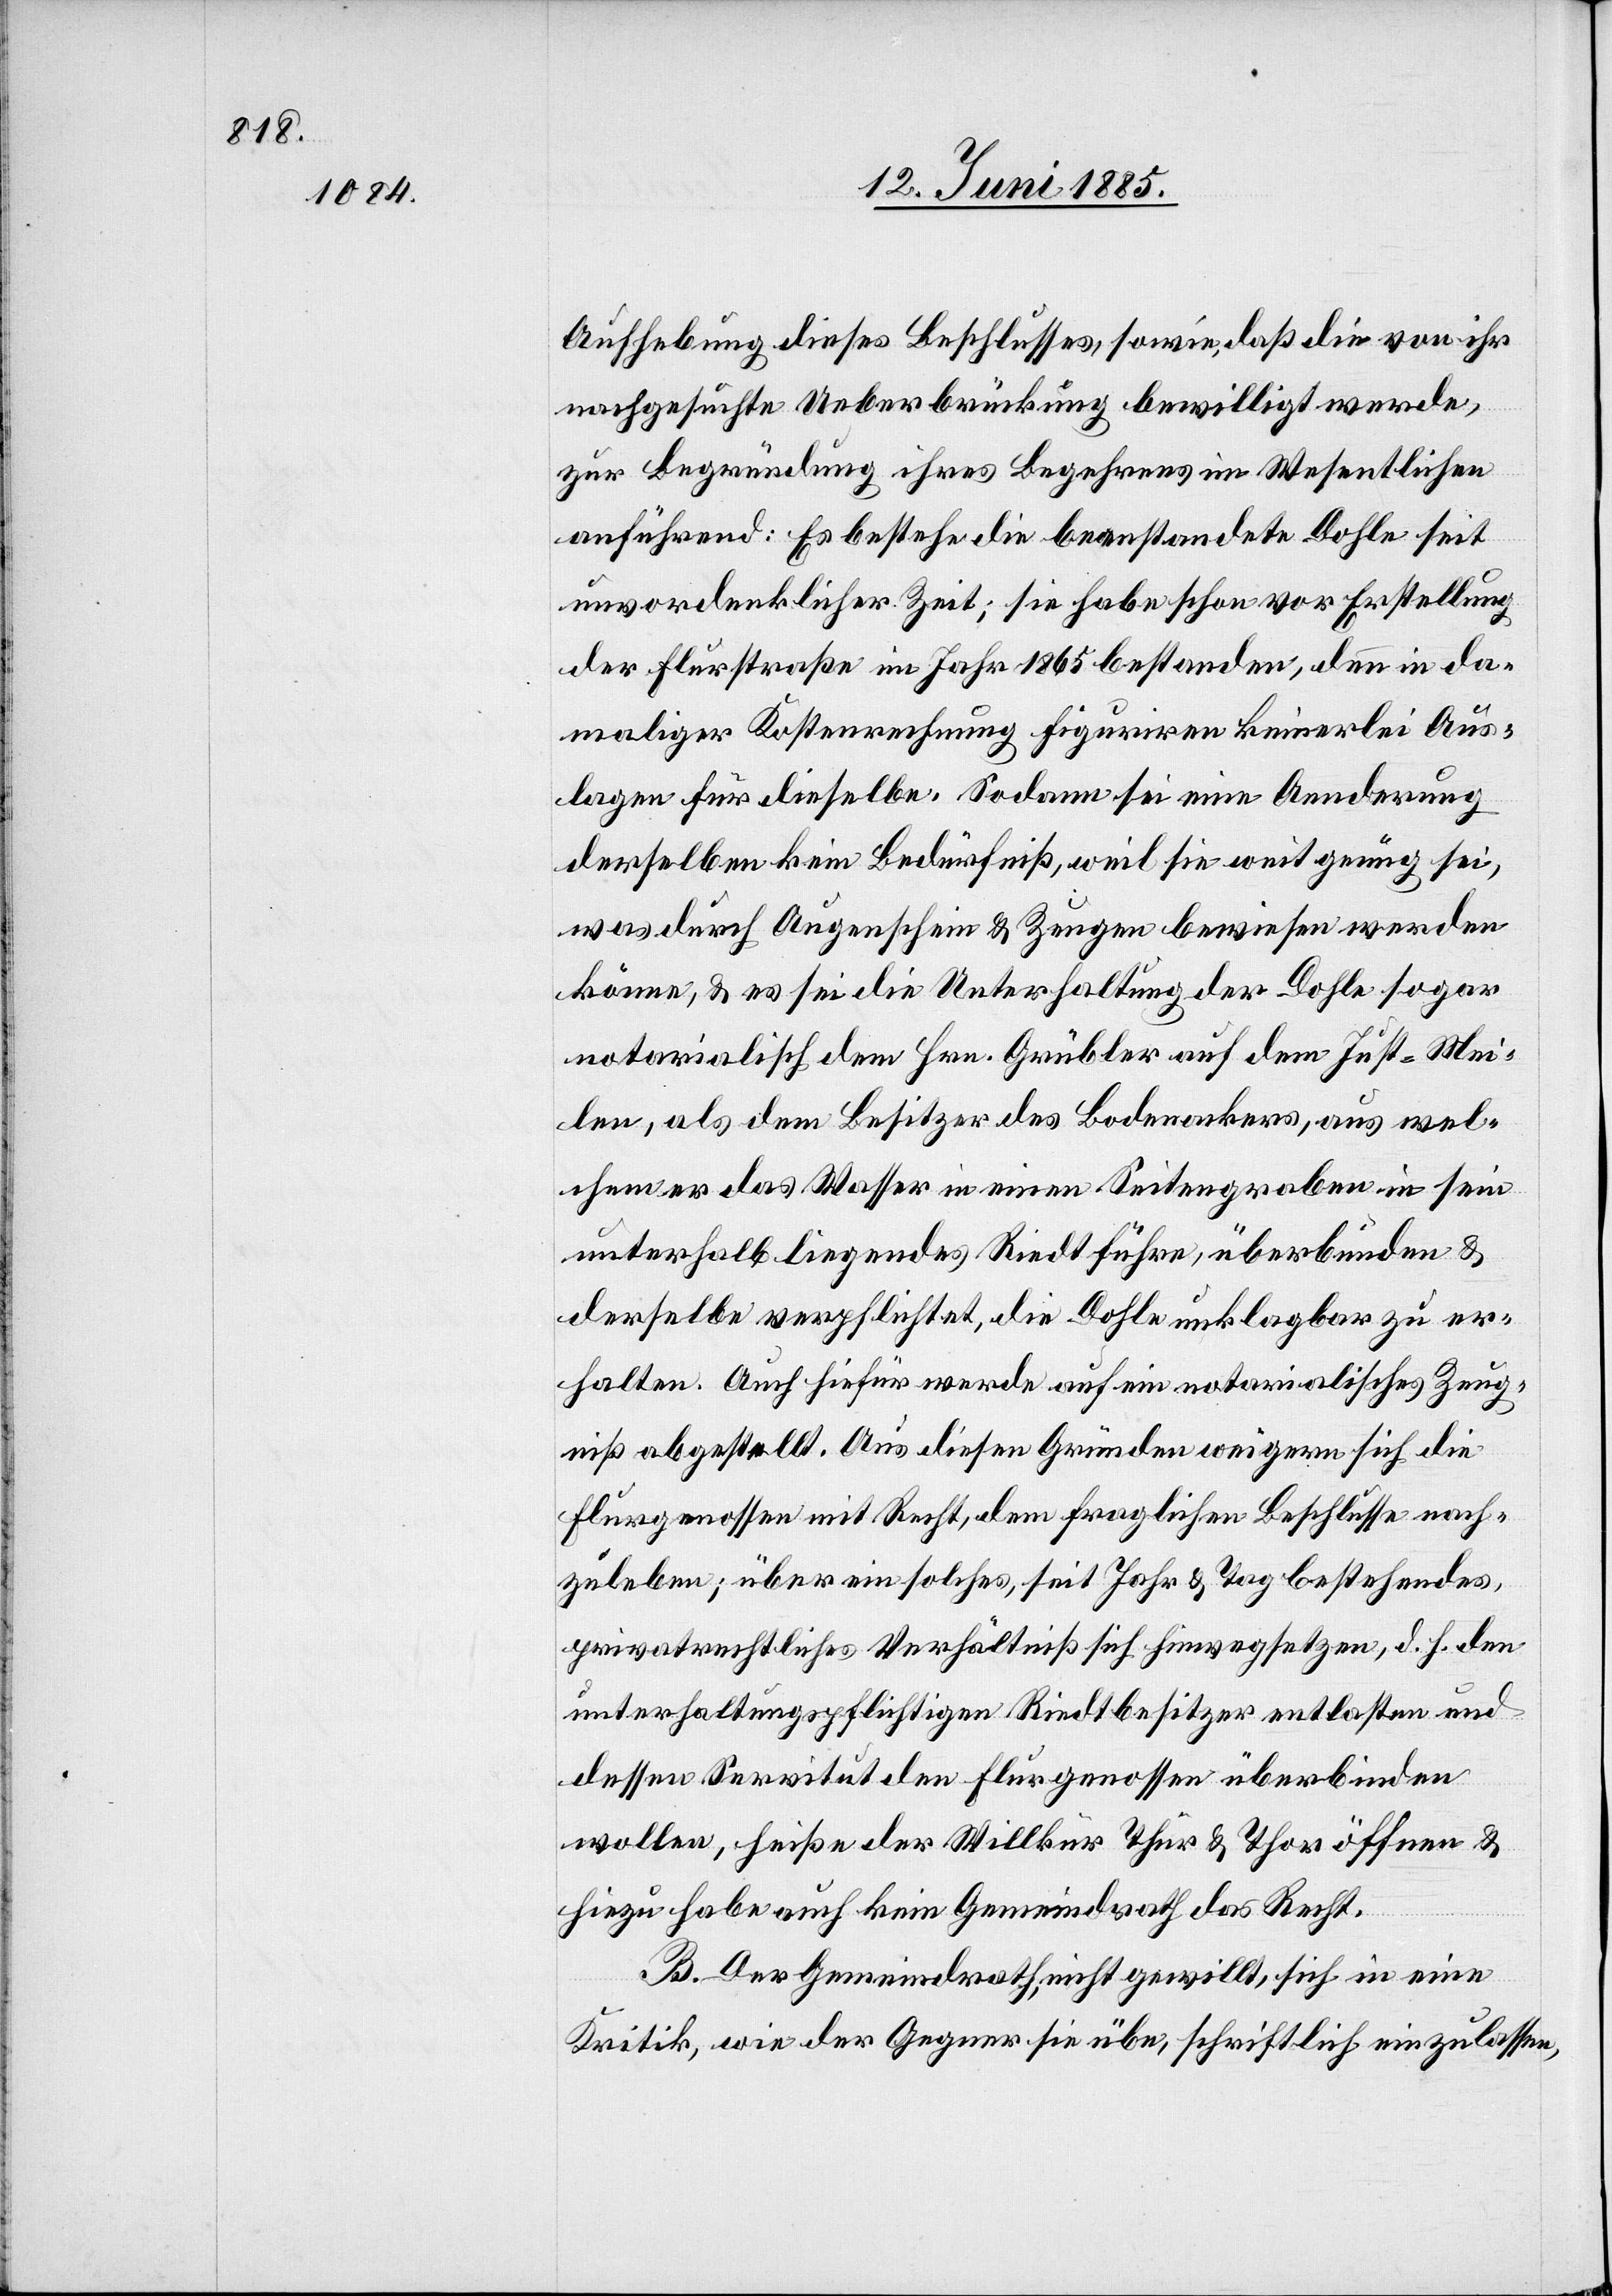
Aufhebung dieses Beschlusses, sowie, daß die von ihr
nachgesuchte Ueberbrückung bewilligt werde,
zur Begründung ihres Begehrens im Wesentlichen
anführend: Es bestehe die beanstandete Dohle seit
unvordenklicher Zeit; sie habe schon vor Erstellung
der Flurstraße im Jahr 1865 bestanden, denn in da¬
maliger Kostenrechnung figuriren keinerlei Aus¬
lagen für dieselbe. Sodann sei eine Aenderung
derselben kein Bedürfniß, weil sie weit genug sei,
was durch Augenschein & Zeugen bewiesen werden
könne, & es sei die Unterhaltung der Dohle sogar
notarialisch dem Hrn. Grübler auf dem Just - Mei¬
len, als dem Besitzer des Bodenackers, aus wel¬
chem er das Wasser in einen Seitengraben in sein
unterhalb liegendes Riedt führe, überbunden &
derselbe verpflichtet, die Dohle unklagbar zu er¬
halten. Auch hiefür werde auf ein notarialisches Zeug¬
niß abgestellt. Aus diesen Gründen weigern sich die
Flurgenossen mit Recht, dem fraglichen Beschlusses nach¬
zuleben; über ein solches, seit Jahr & Tag bestehendes,
privatrechtliches Verhältniß sich hinwegsetzen, d. h. den
unterhaltungspflichtigen Riedtbesitzer entlasten und
dessen Servitut den Flurgenossen überbinden
wollen, heiße der Willkür Thür & Thor öffnen &
hiezu habe auch kein Gemeindrath das Recht.
B. Der Gemeindrath, nicht gewillt, sich in eine
Kritik, wie der Gegner sie übe, schriftlich einzulassen,